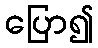
ပြော၍